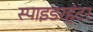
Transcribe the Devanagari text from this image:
स्पाइडरहंटर